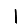
Digit: 1